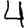
Digit: 4